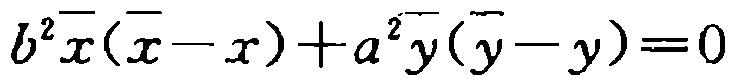
\(b^{2}\overline{x}(\overline{x}-x)+a^{2}\overline{y}(\overline{y}-y)=0\)